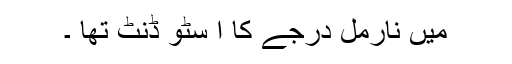
میں نارمل درجے کا ا سٹو ڈنٹ تھا ۔